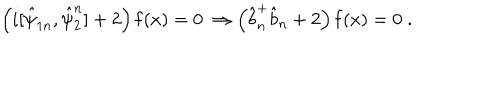
\left( i [ \hat { \psi } _ { 1 n } , \hat { \psi } _ { 2 } ^ { n } ] + 2 \right) { \bf f } ( x ) = 0 \; \Rightarrow \left( \hat { b } _ { n } ^ { + } \hat { b } _ { n } + 2 \right) { \bf f } ( x ) = 0 \; .